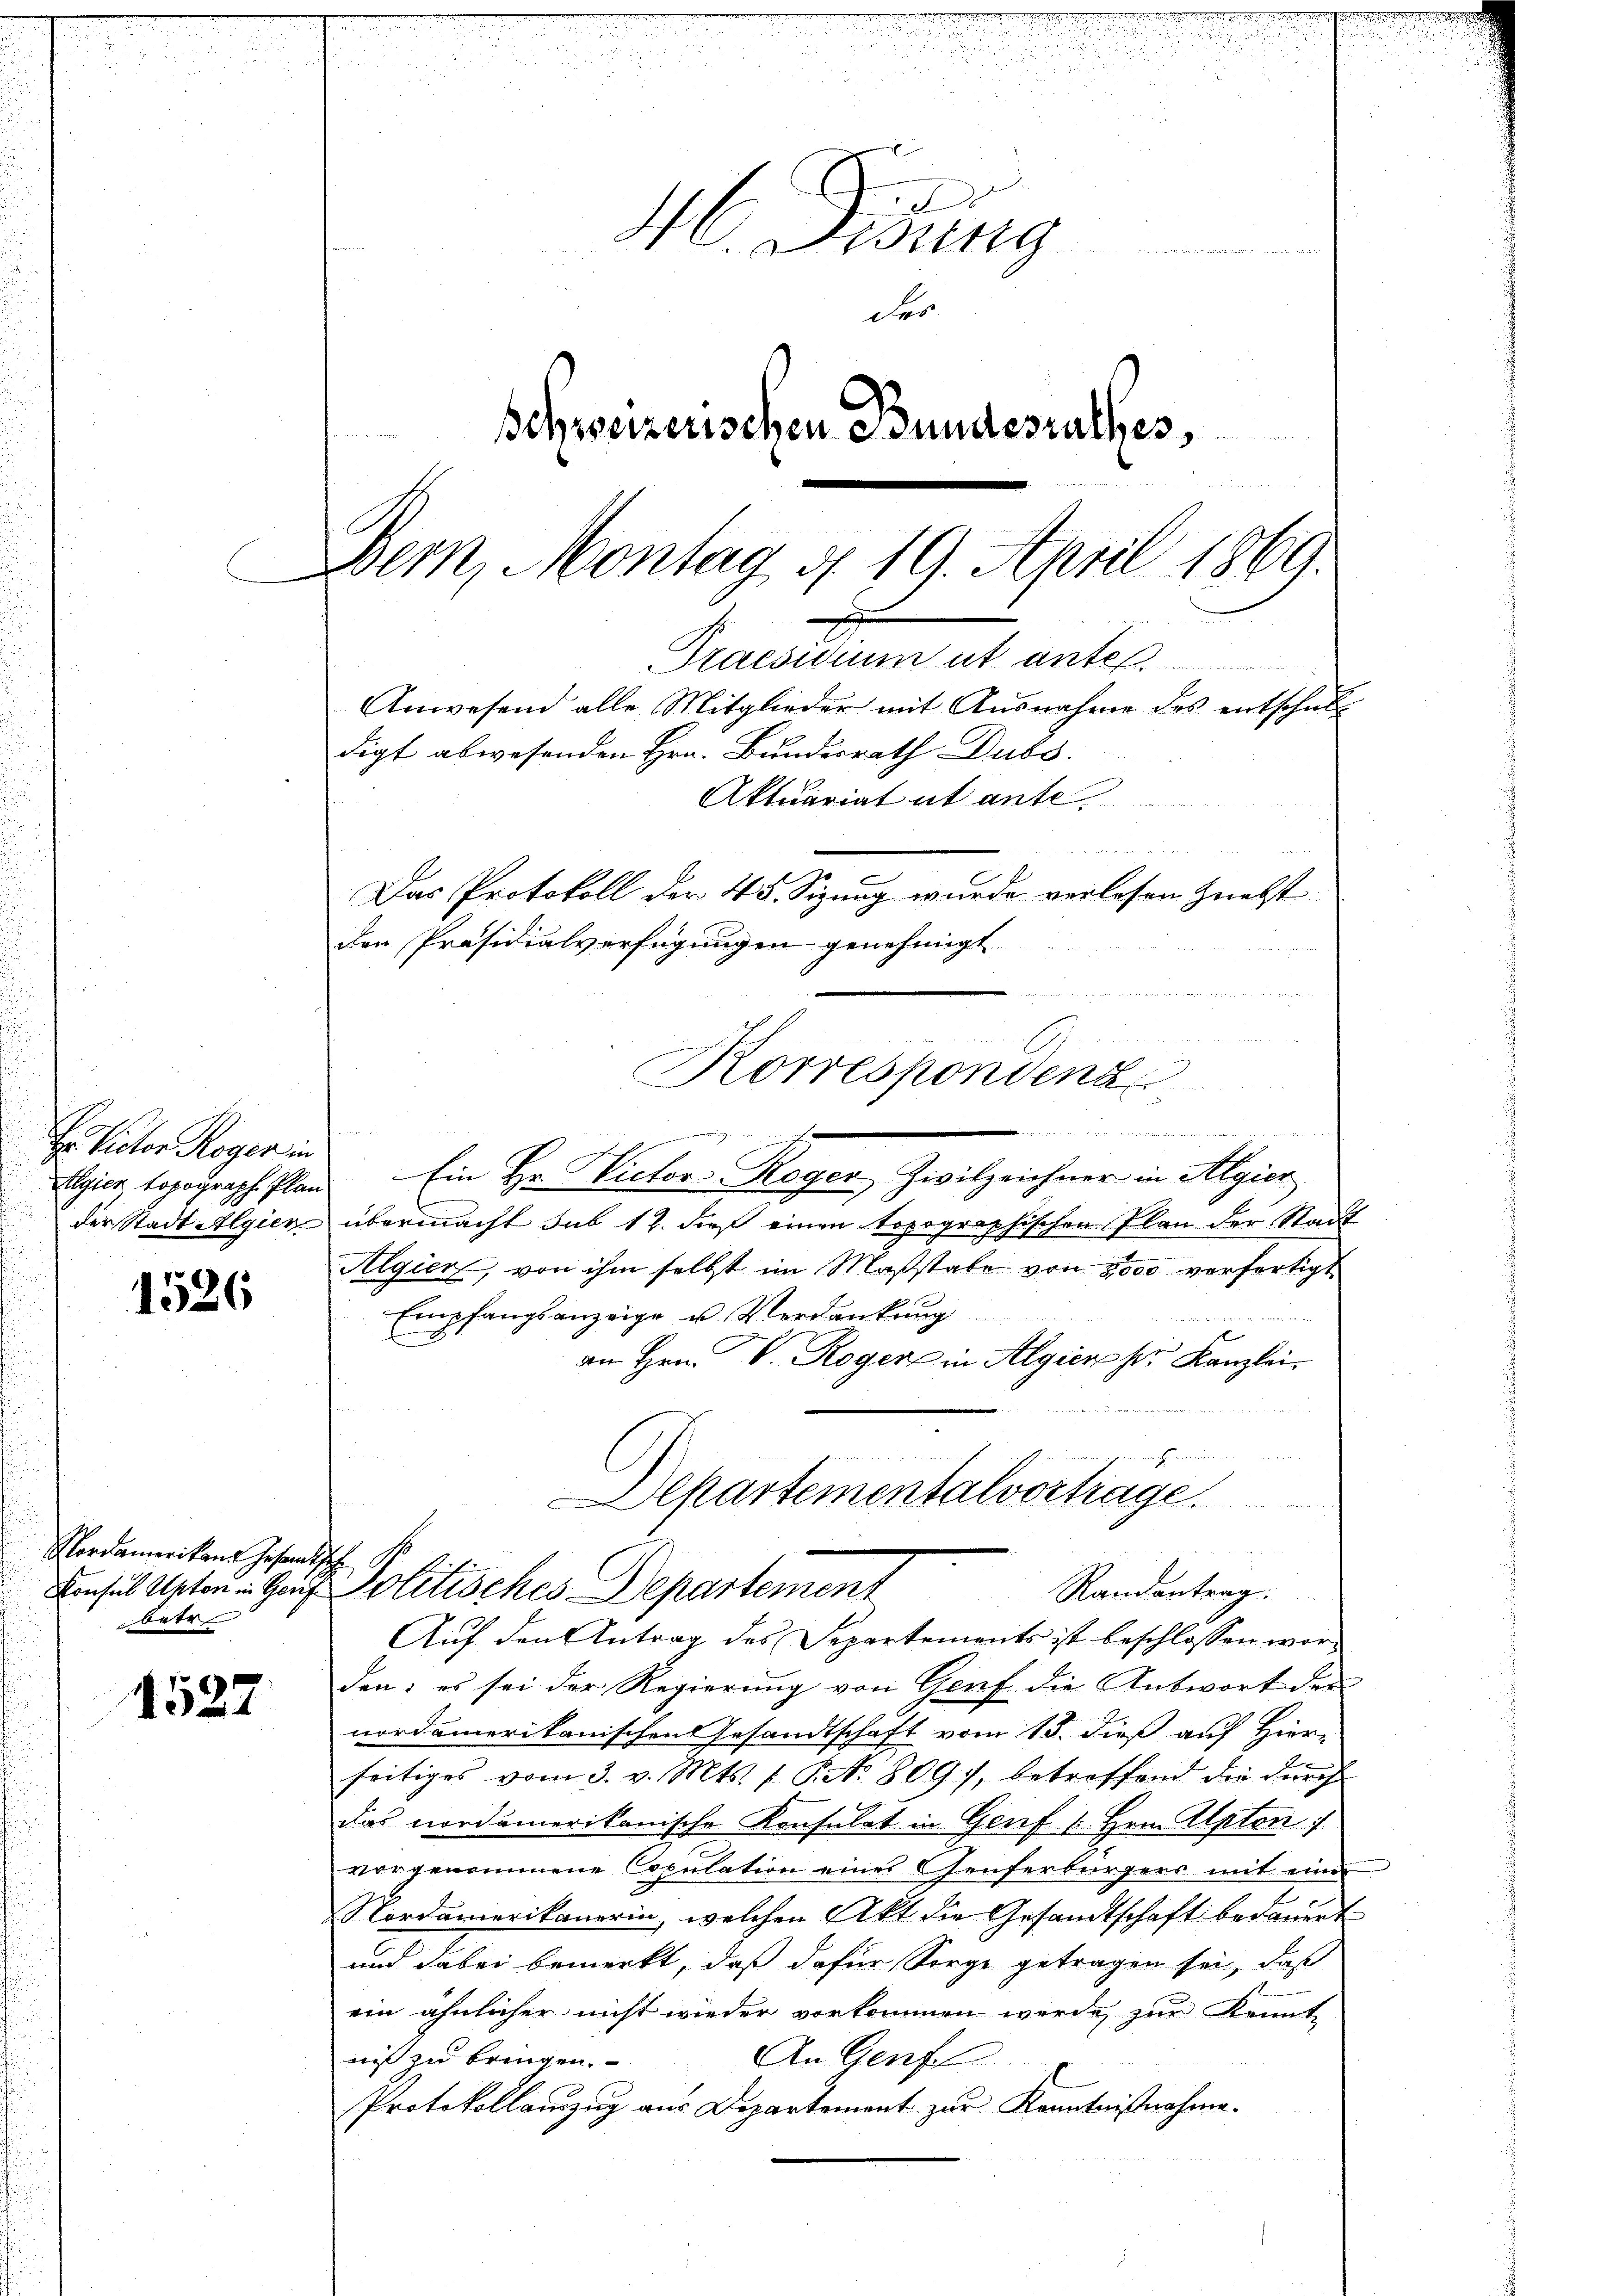
Hr. Rector Rogen in
Algier Topograph Plan
der Stadt Algier

1526

Nordamerikans Gesandtsch
betr

1527

46. Didung
 , in den der
der
Schweizerischen Bundesrathes,

Bern, Montag d. 19. April 1869.
.
Praesidium ut antel.
Anwesend alle Mitglieder mit Ausnahme des entschult
digt abwesenden Hrn. Bundesrath Dubs
Aktuariat ut anto
Das Protokoll der 45. Sizung wurde verlesen nebst
den Präsidialverfügungen genehmigt
n
u

1
e
Korrespondenz
 28

eede de
u
Ein Hr. Victor Roger Zivilzeichner in Algier
übermacht sub 12. dieß einen topographischen Plan der Stadt
Algier, von ihm selbst im Maßstabe von 2000 verfertigt
Empfangsanzeige u. Verdankung
an Hrn. V. Rogen in Algier Hr. Kanzlei.
Departementalvortrage.

Auf den Antrag des Separtements ist beschlossen worden; es sei der Regierung von Genf die Antwort der
nordamerikanischen Gesandtschaft vom 15. dieß auf Hier-
u
seitiges vom 3. v. Mts. f. S. No. 8097, betreffend die durch
das nordamerikanische Konsulat in Genf 1. Hrn. Alpton
vorgenommene Copulation einer Chenferbürgers mit einer
Nordamerikanerin, welchen Akt die Gesandtschaft bedauert
und dabei bemerkt, daß dafür Sorge getragen sei, daß
ein ähnlicher nicht wieder vorkommen werde, zur Kennt
An Genfe
nis zu bringen.
Protokollamzug aus Departement zur Kenntnisnahme.

Einsi alten - Genf Politisches Departement Randanterz.